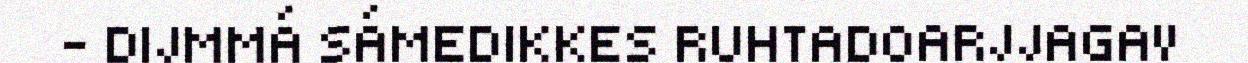
– DIJMMÁ SÁMEDIKKES RUHTADOARJJAGAV